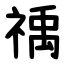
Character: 䄔